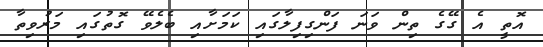
އޮތީ އެ ގޭގެ ތިން ވަނަ ފަންގިފިލާގައި ކަމަށާއި ބެލެވޭ ގޮތުގައި މަރުވިތާ